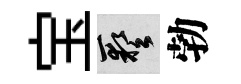
宝藝勃